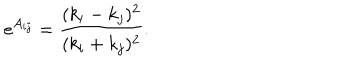
e ^ { A _ { i j } } = { \frac { ( k _ { i } - k _ { j } ) ^ { 2 } } { ( k _ { i } + k _ { j } ) ^ { 2 } } } .